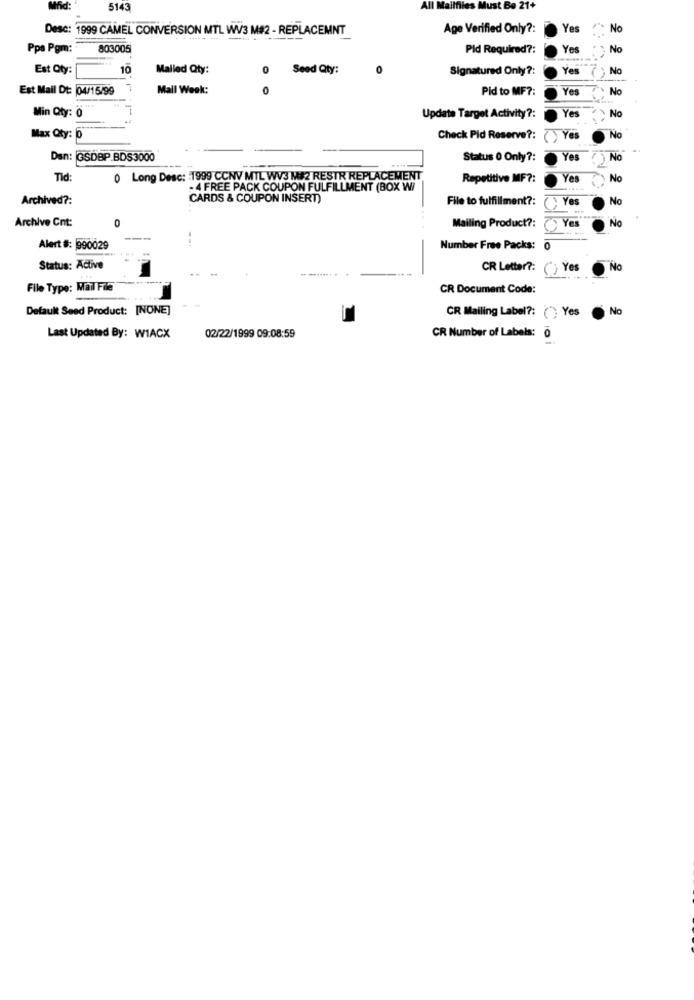
5143
All Mailfiles Must Be 21+
Desc: 1999 CAMEL CONVERSION MTL WV3 M#2 - REPLACEMNT
Age Verified Only ?:
Yes
No
Pps Pgm:
803005
Pld Required ?:
Yes
No
Est Qty:
10
Mailed Qty:
0
Seed Qty:
Signatured Only ?:
Yes
No
Est Mail Dt: 04/15/99
Mall Week:
O
Pid to MF ?:
Yes
No
Min Qty: 0
Ye
No
Update Target Activity ?:
Max Qty: 0
Check Pid Reserve ?:
No
Dan: GSDBP BDS3000
Status 0 Only ?:
Yes
( ) No
Tid:
0 Long Desc: 1999 CCNV MTL WV3 M$2 RESTR REPLACEMENT
Repetitive MF ?:
Yes
No
- 4 FREE PACK COUPON FULFILLMENT (BOX W/
Archived ?:
CARDS & COUPON INSERT)
File to fulfillment ?:
() Yes
No
Archive Cnt:
0
Mailing Product ?:
....
No
Alert #: 990029
Number Free Packs: 0
Status: Active
CR Letter ?:
() Yes
No
--
File Type: Mail File
CR Document Code:
Default Seed Product: [NONE]
CR Mailing Label ?: " Yes
No
Last Updated By: WIACX
02/22/1999 09:08:59
CR Number of Labels: 0